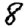
Digit: 8